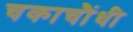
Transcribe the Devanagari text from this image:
चकाचौंधी